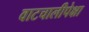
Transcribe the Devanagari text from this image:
वाटचालीपेक्षा